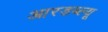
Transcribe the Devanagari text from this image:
आरडब्ल्यू